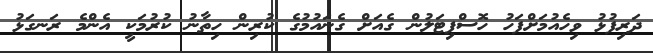
ދަރިފުޅު ވިހެއުމަށްފަހު ހޮސްޕިޓަލުން ގެއަށް ގެނައުމުގެ ކުރިން ހިތާނު ކުރުމަކީ އެންމެ ރަނގަޅު